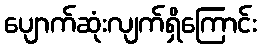
ပျောက်ဆုံးလျက်ရှိကြောင်း